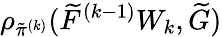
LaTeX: \rho_{\tilde{\pi}^{(k)}}(\widetilde{F}^{(k-1)}W_{k},\widetilde{G})